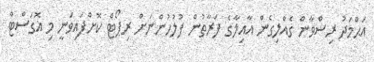
އަޙްމަދު ރިޟްވާން ގެއްލިގެން އާއިލާގެ ފަރާތުން ފުލުހުންނަށް ރިޕޯޓް ކޮށްފައިވަނީ މި އޮގަސްޓް